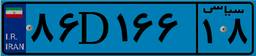
۴۲D۶۷۷۰۵